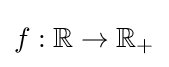
f:\mathbb {R} \to \mathbb {R} _{+}